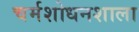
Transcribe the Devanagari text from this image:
चर्मशोधनशाला